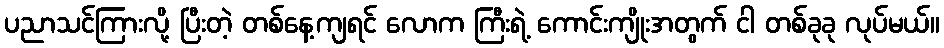
ပညာသင်ကြားလို့ ပြီးတဲ့ တစ်နေ့ကျရင် လောက ကြီးရဲ့ ကောင်းကျိုးအတွက် ငါ တစ်ခုခု လုပ်မယ်။